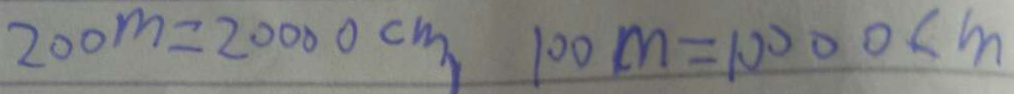
2 0 0 m = 2 0 0 0 0 c m , 1 0 0 m = 1 0 0 0 0 c m